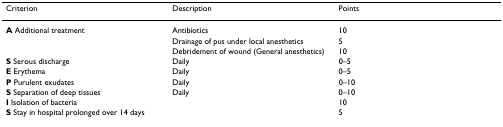
<table><thead><tr><td><b>Criterion</b></td><td><b>Description</b></td><td><b>Points</b></td></tr></thead><tbody><tr><td><b>A </b>Additional treatment</td><td>Antibiotics</td><td>10</td></tr><tr><td></td><td>Drainage of pus under local anesthetics</td><td>5</td></tr><tr><td></td><td>Debridement of wound (General anesthetics)</td><td>10</td></tr><tr><td><b>S </b>Serous discharge</td><td>Daily</td><td>0–5</td></tr><tr><td><b>E </b>Erythema</td><td>Daily</td><td>0–5</td></tr><tr><td><b>P </b>Purulent exudates</td><td>Daily</td><td>0–10</td></tr><tr><td><b>S </b>Separation of deep tissues</td><td>Daily</td><td>0–10</td></tr><tr><td><b>I </b>Isolation of bacteria</td><td></td><td>10</td></tr><tr><td><b>S </b>Stay in hospital prolonged over 14 days</td><td></td><td>5</td></tr></tbody></table>